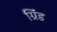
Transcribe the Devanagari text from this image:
ग्रिंड